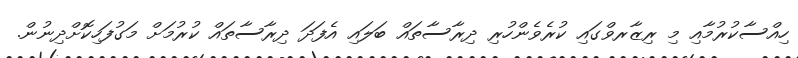
ހިއްސާކުރުމާއި މި ރިޒާރވްގައި ކުރެވެންހުރި ދިރާސާތައް ބަލައި އެފަދަ ދިރާސާތައް ކުރުމަށް މަގުފަހިކޮށްދިނުން.